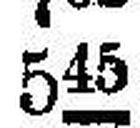
545